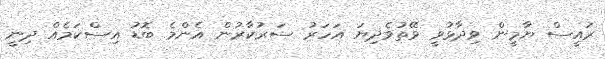
ރައީސް ޔާމީން ވިދާޅުވީ ވޭތުވެދިޔަ އަހަރު ސަރުކާރުން އެންމެ ބޮޑު އިސްކަމެއް ދިނީ